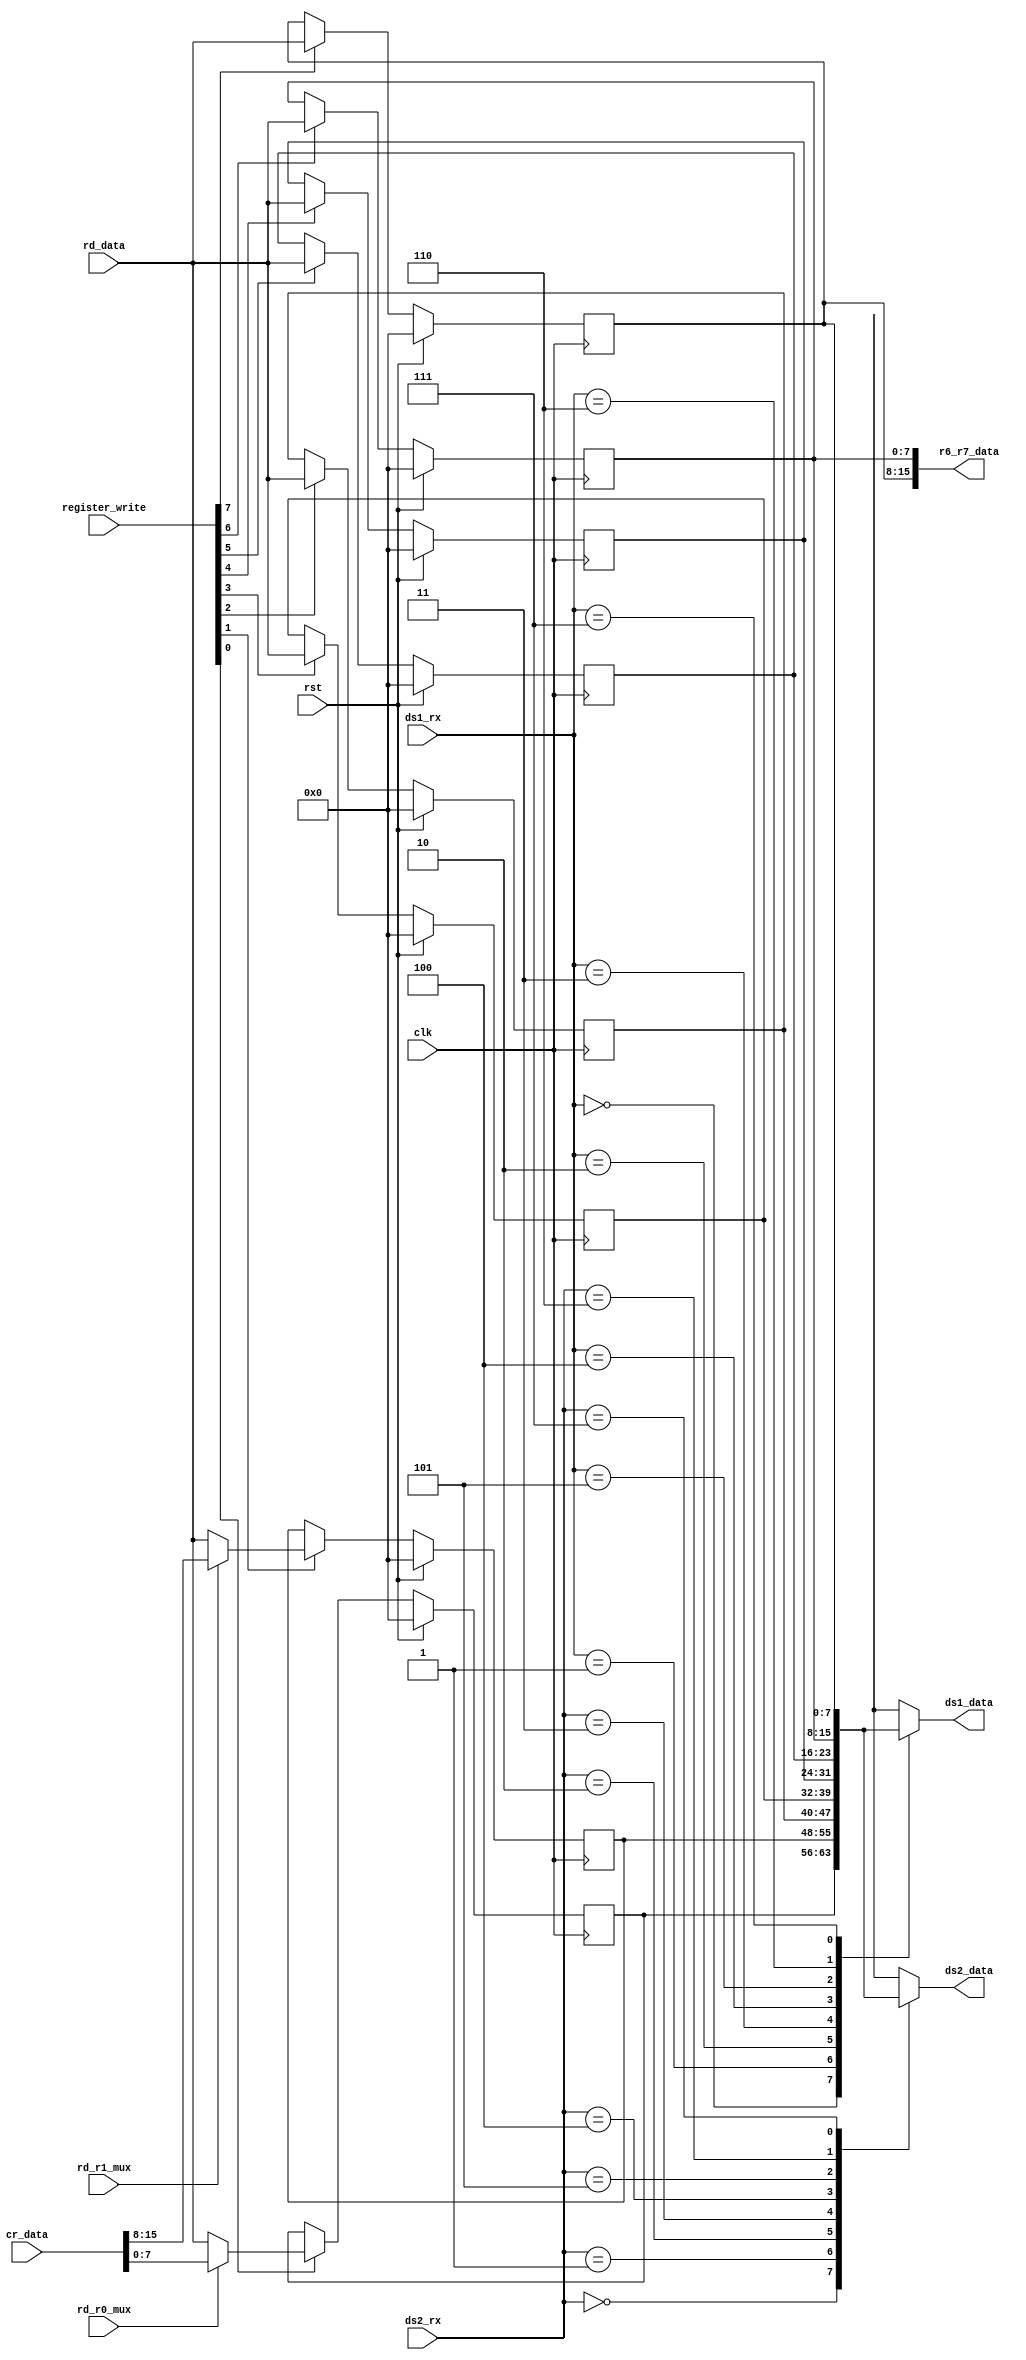
// Generated by MyHDL 0.11


`timescale 1ns/10ps

module gpr (
    clk,
    rst,
    register_write,
    rd_r0_mux,
    rd_r1_mux,
    ds1_rx,
    ds2_rx,
    rd_data,
    cr_data,
    ds1_data,
    ds2_data,
    r6_r7_data
);
// 

input clk;
input rst;
input [7:0] register_write;
input rd_r0_mux;
input rd_r1_mux;
input [2:0] ds1_rx;
input [2:0] ds2_rx;
input [7:0] rd_data;
input [15:0] cr_data;
output [7:0] ds1_data;
reg [7:0] ds1_data;
output [7:0] ds2_data;
reg [7:0] ds2_data;
output [15:0] r6_r7_data;
wire [15:0] r6_r7_data;

reg [7:0] r0;
reg [7:0] r1;
reg [7:0] r2;
reg [7:0] r3;
reg [7:0] r4;
reg [7:0] r5;
reg [7:0] r6;
reg [7:0] r7;



always @(posedge clk) begin: GPR_R0_R1_LOGIC
    if (rst == 1) begin
        r2 <= 0;
        r5 <= 0;
        r3 <= 0;
        r1 <= 0;
        r0 <= 0;
        r6 <= 0;
        r7 <= 0;
        r4 <= 0;
    end
    else begin
        if (register_write[0]) begin
            if (rd_r0_mux) begin
                r0 <= cr_data[8-1:0];
            end
            else begin
                r0 <= rd_data;
            end
        end
        if (register_write[1]) begin
            if (rd_r1_mux) begin
                r1 <= cr_data[16-1:8];
            end
            else begin
                r1 <= rd_data;
            end
        end
        if (register_write[2]) begin
            r2 <= rd_data;
        end
        if (register_write[3]) begin
            r3 <= rd_data;
        end
        if (register_write[4]) begin
            r4 <= rd_data;
        end
        if (register_write[5]) begin
            r5 <= rd_data;
        end
        if (register_write[6]) begin
            r6 <= rd_data;
        end
        if (register_write[7]) begin
            r7 <= rd_data;
        end
    end
end


always @(r2, r5, r3, r1, r0, r6, r7, r4, ds1_rx) begin: GPR_DS1_DAT_LOGIC
    case (ds1_rx)
        3'b000: begin
            ds1_data = r0;
        end
        3'b001: begin
            ds1_data = r1;
        end
        3'b010: begin
            ds1_data = r2;
        end
        3'b011: begin
            ds1_data = r3;
        end
        3'b100: begin
            ds1_data = r4;
        end
        3'b101: begin
            ds1_data = r5;
        end
        3'b110: begin
            ds1_data = r6;
        end
        3'b111: begin
            ds1_data = r7;
        end
        default: begin
            ds1_data = 0;
        end
    endcase
end


always @(ds2_rx, r2, r5, r3, r1, r0, r6, r7, r4) begin: GPR_DS2_DATA_LOGIC
    case (ds2_rx)
        3'b000: begin
            ds2_data = r0;
        end
        3'b001: begin
            ds2_data = r1;
        end
        3'b010: begin
            ds2_data = r2;
        end
        3'b011: begin
            ds2_data = r3;
        end
        3'b100: begin
            ds2_data = r4;
        end
        3'b101: begin
            ds2_data = r5;
        end
        3'b110: begin
            ds2_data = r6;
        end
        3'b111: begin
            ds2_data = r7;
        end
        default: begin
            ds2_data = 0;
        end
    endcase
end



assign r6_r7_data[16-1:8] = r7;
assign r6_r7_data[8-1:0] = r6;

endmodule